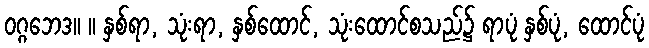
ဝဂ္ဂဘေဒ။ ။ နှစ်ရာ, သုံးရာ, နှစ်ထောင်, သုံးထောင်စသည်၌ ရာပုံ နှစ်ပုံ, ထောင်ပုံ